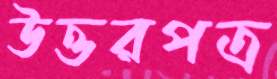
উত্তরপত্র